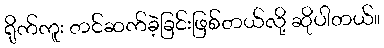
ရိုက်ကူး တင်ဆက်ခဲ့ခြင်းဖြစ်တယ်လို့ ဆိုပါတယ်။